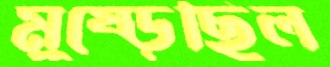
মুষ্‌ড়েছিল